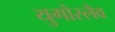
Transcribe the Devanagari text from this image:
युगोस्लैव